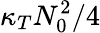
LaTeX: \kappa_{T}N_{0}^{2}/4